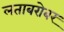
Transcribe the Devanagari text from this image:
लताबरोबर